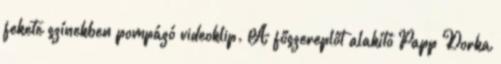
fekete színekben pompázó videoklip. A főszereplőt alakító Papp Dorka